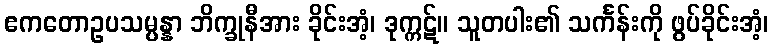
ဧကတောဥပသမ္ပန္နာ ဘိက္ခုနီအား ခိုင်းအံ့၊ ဒုက္ကဋ်။ သူတပါး၏ သင်္ကန်းကို ဖွပ်ခိုင်းအံ့၊